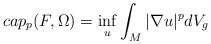
LaTeX: \begin{align*} cap_p(F,\Omega)=\inf\limits_{u}\int_M|\nabla u|^p dV_g\end{align*}